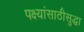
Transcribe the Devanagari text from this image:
पक्ष्यांसाठीसुद्धा